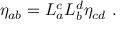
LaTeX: \eta _ { a b } = L _ { a } ^ { c } L _ { b } ^ { d } \eta _ { c d } ~ .